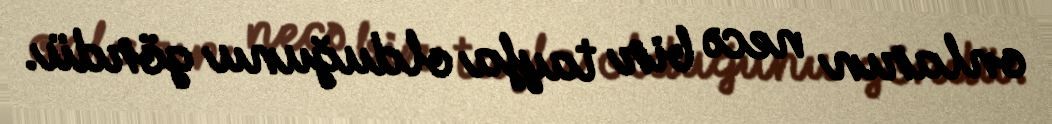
onların necə bir tayfa olduğunu gördü.